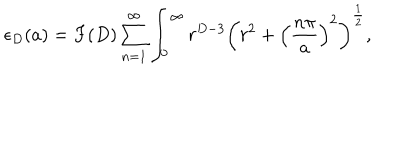
\epsilon _ { D } ( a ) = F ( D ) \sum _ { n = 1 } ^ { \infty } \int _ { 0 } ^ { \infty } r ^ { D - 3 } \left( r ^ { 2 } + \left( \frac { n \pi } { a } \right) ^ { 2 } \right) ^ { \frac { 1 } { 2 } } ,